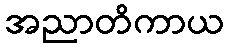
အညာတိကာယ